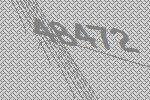
48472